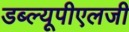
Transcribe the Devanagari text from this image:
डब्ल्यूपीएलजी